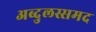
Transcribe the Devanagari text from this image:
अब्दुलस्समद